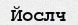
Йослч